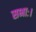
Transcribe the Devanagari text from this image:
सभाः।